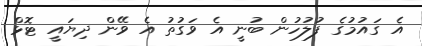
އެ ގައުމުގެ ފުލުހުން ބުނީ އެ ވަގުތު އެ ވޭން ދިޔައީ ޓޮޅް